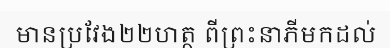
មានប្រវែង២២ហត្ថ ពីព្រះនាភីមកដល់